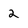
Character: 2